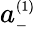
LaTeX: a_{\scriptscriptstyle-}^{\scriptscriptstyle(1)}